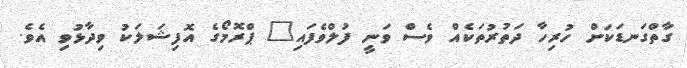
ގާތްގަނޑަކަށް ހުރިހާ ދަތުރުތަކެއް ވެސް ވަނީ ފުލްވެފައި" ޕްރޮމޯގެ އޮފިޝަލަކު ވިދާޅުވި އެވެ.